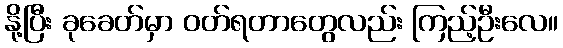
နို့ပြီး ခုခေတ်မှာ ဝတ်ရတာတွေလည်း ကြည့်ဦးလေ။